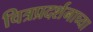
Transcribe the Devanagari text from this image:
चित्रप्रदर्शनाच्या